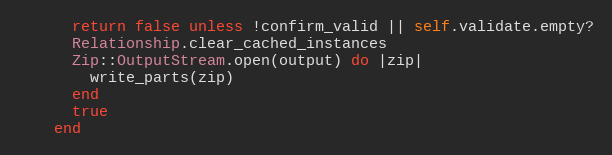
Language: Ruby
      return false unless !confirm_valid || self.validate.empty?
      Relationship.clear_cached_instances
      Zip::OutputStream.open(output) do |zip|
        write_parts(zip)
      end
      true
    end